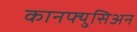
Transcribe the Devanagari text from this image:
कानफ्युसिअन